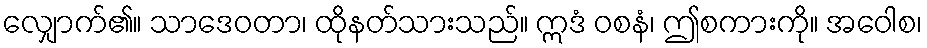
လျှောက်၏။ သာဒေဝတာ၊ ထိုနတ်သားသည်။ ဣဒံ ဝစနံ၊ ဤစကားကို။ အဝေါစ၊